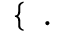
\left\{ \begin{array} { l l } \end{array} \right. \, .